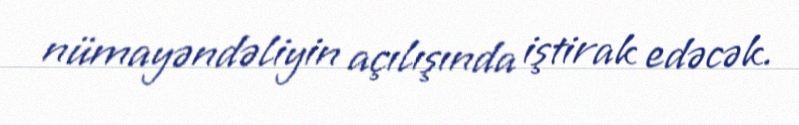
nümayəndəliyin açılışında iştirak edəcək.